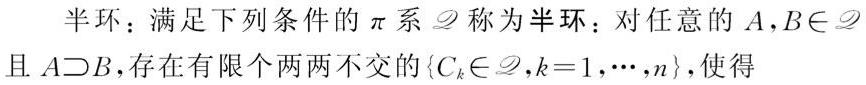
半环：满足下列条件的$\pi$系$\mathscr{D}$称为半环：对任意的$A,B\in\mathscr{D}$且$A\supset B$，存在有限个两两不交的$\{C_{k}\in\mathscr{D},k = 1,\cdots,n\}$，使得